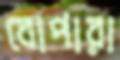
বোপারা